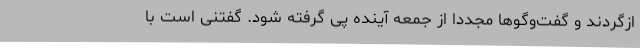
ازگردند و گفت‌وگوها مجددا از جمعه آینده پی گرفته شود. گفتنی است با